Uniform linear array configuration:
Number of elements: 24
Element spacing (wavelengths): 1
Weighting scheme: hann
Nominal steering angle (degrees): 60
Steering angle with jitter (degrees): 61.61
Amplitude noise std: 0.05
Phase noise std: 0.05

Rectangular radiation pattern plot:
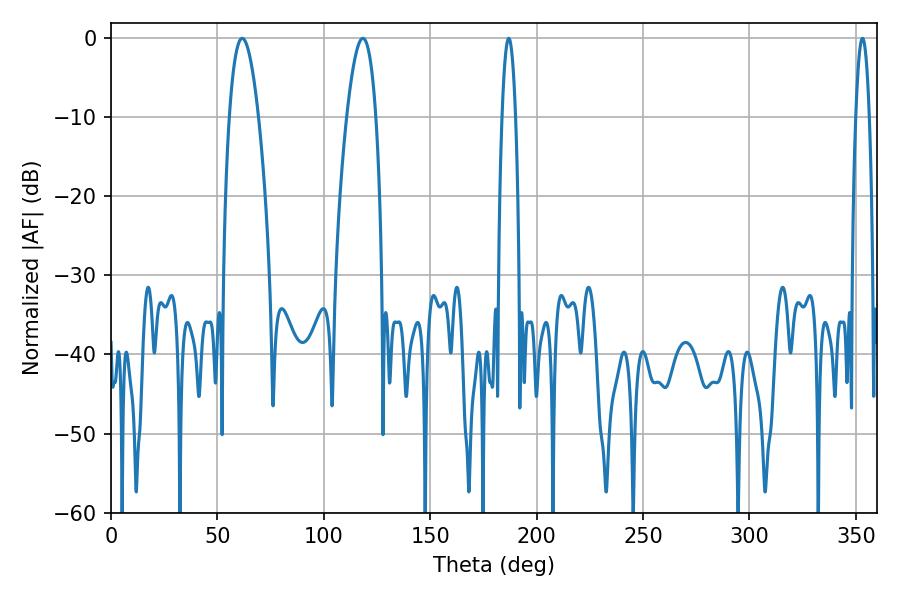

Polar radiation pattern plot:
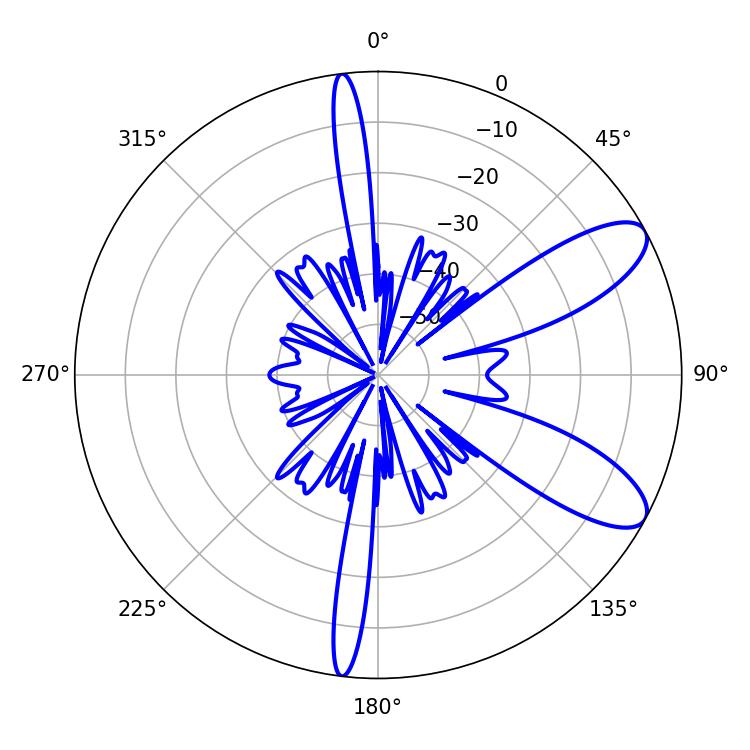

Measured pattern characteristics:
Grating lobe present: TRUE
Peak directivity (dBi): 9.32
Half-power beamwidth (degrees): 7.56
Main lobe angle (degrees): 61.74